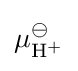
\mu _{\mathrm {H} {\vphantom {A}}^{+}}^{\ominus }